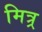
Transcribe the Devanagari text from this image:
मित्र्र